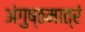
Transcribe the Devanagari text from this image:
अंगुष्ठमात्रं